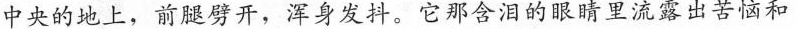
中央的地上，前腿劈开，浑身发抖。它那含泪的眼睛里流露出苦恼和